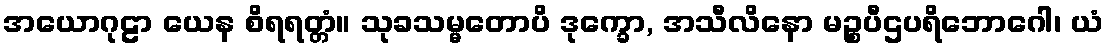
အယောဂုဠာ ယေန စိရရတ္တံ။ သုခသမ္မတောပိ ဒုက္ခော, အသီလိနော မဉ္စပီဌပရိဘောဂေါ၊ ယံ